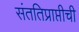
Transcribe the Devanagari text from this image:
संततिप्राप्तीची